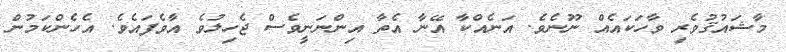
މާޝައުޤުވެރި ވާހަކައެއް ނޫނެވެ. އަނެއްކާ އޭނާ އެތާ އިންނަނީވެސް ޖެހިލުވެ އާވެފައެވެ. އެހެންކަމުން